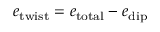
e _ { \mathrm { t w i s t } } = e _ { \mathrm { t o t a l } } - e _ { \mathrm { d i p } }